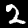
Digit: 2